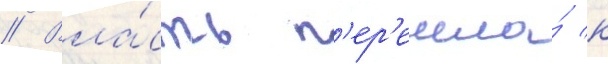
// Вла́сть п'ер'ешла́ к